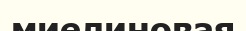
миелиновая